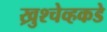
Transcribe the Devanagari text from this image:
ख्रुश्चेव्हकडे